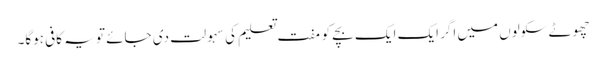
چھوٹے سکولوں میں اگر ایک ایک بچے کو مفت تعلیم کی سہولت دی جائے تو یہ کافی ہوگا۔